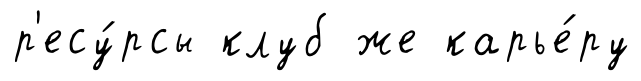
р'есу́рсы клуб же карье́ру